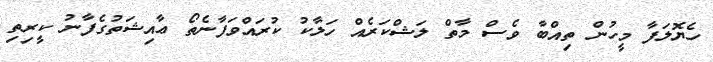
ހެޔޮލަފާ މީހުން ތިއްބާ ވެސް މާތް ލަޝްކަރެއް ހަލާކު ކުރައްވަފާނެތޯ ޢާއިޝަތުގެފާނު ކީރިތި